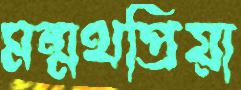
মন্মথপ্রিয়া